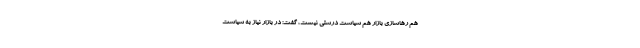
هم رهاسازی بازار هم سیاست درستی نیست، گفت: در بازار نیاز به سیاست